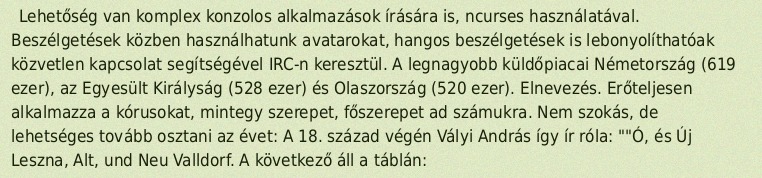
Lehetőség van komplex konzolos alkalmazások írására is, ncurses használatával. Beszélgetések közben használhatunk avatarokat, hangos beszélgetések is lebonyolíthatóak közvetlen kapcsolat segítségével IRC-n keresztül. A legnagyobb küldőpiacai Németország (619 ezer), az Egyesült Királyság (528 ezer) és Olaszország (520 ezer). Elnevezés. Erőteljesen alkalmazza a kórusokat, mintegy szerepet, főszerepet ad számukra. Nem szokás, de lehetséges tovább osztani az évet: A 18. század végén Vályi András így ír róla: ""Ó, és Új Leszna, Alt, und Neu Valldorf. A következő áll a táblán: